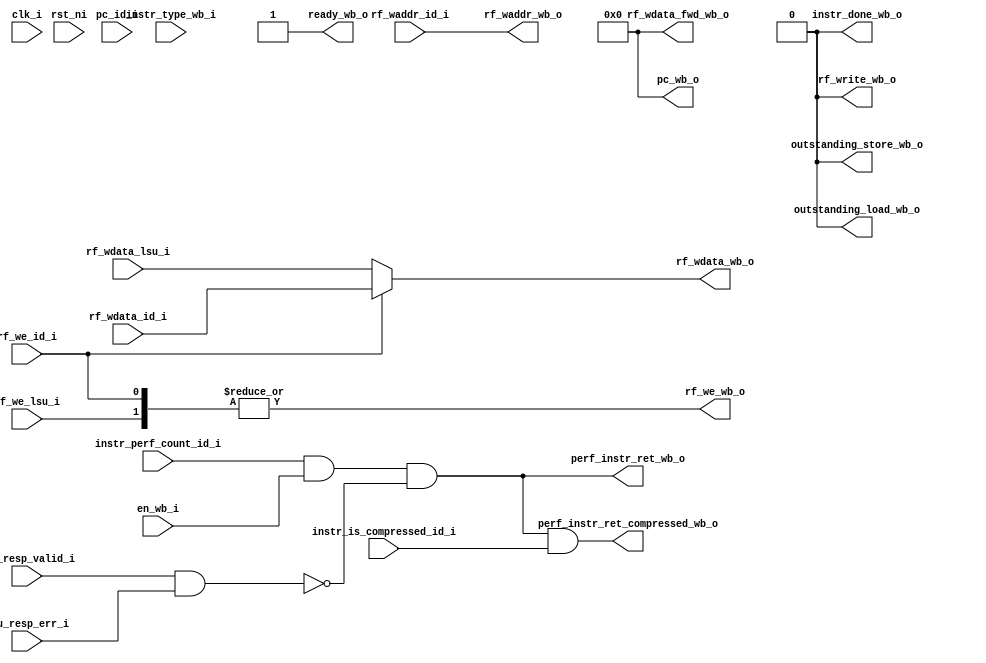
// This program was cloned from: https://github.com/NYU-MLDA/OpenABC
// License: BSD 3-Clause "New" or "Revised" License

module ibex_wb_stage (
	clk_i,
	rst_ni,
	en_wb_i,
	instr_type_wb_i,
	pc_id_i,
	instr_is_compressed_id_i,
	instr_perf_count_id_i,
	ready_wb_o,
	rf_write_wb_o,
	outstanding_load_wb_o,
	outstanding_store_wb_o,
	pc_wb_o,
	perf_instr_ret_wb_o,
	perf_instr_ret_compressed_wb_o,
	rf_waddr_id_i,
	rf_wdata_id_i,
	rf_we_id_i,
	rf_wdata_lsu_i,
	rf_we_lsu_i,
	rf_wdata_fwd_wb_o,
	rf_waddr_wb_o,
	rf_wdata_wb_o,
	rf_we_wb_o,
	lsu_resp_valid_i,
	lsu_resp_err_i,
	instr_done_wb_o
);
	parameter [0:0] WritebackStage = 1'b0;
	input wire clk_i;
	input wire rst_ni;
	input wire en_wb_i;
	input wire [1:0] instr_type_wb_i;
	input wire [31:0] pc_id_i;
	input wire instr_is_compressed_id_i;
	input wire instr_perf_count_id_i;
	output wire ready_wb_o;
	output wire rf_write_wb_o;
	output wire outstanding_load_wb_o;
	output wire outstanding_store_wb_o;
	output wire [31:0] pc_wb_o;
	output wire perf_instr_ret_wb_o;
	output wire perf_instr_ret_compressed_wb_o;
	input wire [4:0] rf_waddr_id_i;
	input wire [31:0] rf_wdata_id_i;
	input wire rf_we_id_i;
	input wire [31:0] rf_wdata_lsu_i;
	input wire rf_we_lsu_i;
	output wire [31:0] rf_wdata_fwd_wb_o;
	output wire [4:0] rf_waddr_wb_o;
	output wire [31:0] rf_wdata_wb_o;
	output wire rf_we_wb_o;
	input wire lsu_resp_valid_i;
	input wire lsu_resp_err_i;
	output wire instr_done_wb_o;
	wire [31:0] rf_wdata_wb_mux [0:1];
	wire [1:0] rf_wdata_wb_mux_we;
	localparam [1:0] ibex_pkg_WB_INSTR_LOAD = 0;
	localparam [1:0] ibex_pkg_WB_INSTR_OTHER = 2;
	localparam [1:0] ibex_pkg_WB_INSTR_STORE = 1;
	generate
		if (WritebackStage) begin : g_writeback_stage
			reg [31:0] rf_wdata_wb_q;
			reg rf_we_wb_q;
			reg [4:0] rf_waddr_wb_q;
			wire wb_done;
			reg wb_valid_q;
			reg [31:0] wb_pc_q;
			reg wb_compressed_q;
			reg wb_count_q;
			reg [1:0] wb_instr_type_q;
			wire wb_valid_d;
			assign wb_valid_d = (en_wb_i & ready_wb_o) | (wb_valid_q & ~wb_done);
			assign wb_done = (wb_instr_type_q == ibex_pkg_WB_INSTR_OTHER) | lsu_resp_valid_i;
			always @(posedge clk_i or negedge rst_ni)
				if (~rst_ni)
					wb_valid_q <= 1'b0;
				else
					wb_valid_q <= wb_valid_d;
			always @(posedge clk_i)
				if (en_wb_i) begin
					rf_we_wb_q <= rf_we_id_i;
					rf_waddr_wb_q <= rf_waddr_id_i;
					rf_wdata_wb_q <= rf_wdata_id_i;
					wb_instr_type_q <= instr_type_wb_i;
					wb_pc_q <= pc_id_i;
					wb_compressed_q <= instr_is_compressed_id_i;
					wb_count_q <= instr_perf_count_id_i;
				end
			assign rf_waddr_wb_o = rf_waddr_wb_q;
			assign rf_wdata_wb_mux[0] = rf_wdata_wb_q;
			assign rf_wdata_wb_mux_we[0] = rf_we_wb_q & wb_valid_q;
			assign ready_wb_o = ~wb_valid_q | wb_done;
			assign rf_write_wb_o = wb_valid_q & (rf_we_wb_q | (wb_instr_type_q == ibex_pkg_WB_INSTR_LOAD));
			assign outstanding_load_wb_o = wb_valid_q & (wb_instr_type_q == ibex_pkg_WB_INSTR_LOAD);
			assign outstanding_store_wb_o = wb_valid_q & (wb_instr_type_q == ibex_pkg_WB_INSTR_STORE);
			assign pc_wb_o = wb_pc_q;
			assign instr_done_wb_o = wb_valid_q & wb_done;
			assign perf_instr_ret_wb_o = (instr_done_wb_o & wb_count_q) & ~(lsu_resp_valid_i & lsu_resp_err_i);
			assign perf_instr_ret_compressed_wb_o = perf_instr_ret_wb_o & wb_compressed_q;
			assign rf_wdata_fwd_wb_o = rf_wdata_wb_q;
		end
		else begin : g_bypass_wb
			assign rf_waddr_wb_o = rf_waddr_id_i;
			assign rf_wdata_wb_mux[0] = rf_wdata_id_i;
			assign rf_wdata_wb_mux_we[0] = rf_we_id_i;
			assign perf_instr_ret_wb_o = (instr_perf_count_id_i & en_wb_i) & ~(lsu_resp_valid_i & lsu_resp_err_i);
			assign perf_instr_ret_compressed_wb_o = perf_instr_ret_wb_o & instr_is_compressed_id_i;
			assign ready_wb_o = 1'b1;
			wire unused_clk;
			wire unused_rst;
			wire [1:0] unused_instr_type_wb;
			wire [31:0] unused_pc_id;
			assign unused_clk = clk_i;
			assign unused_rst = rst_ni;
			assign unused_instr_type_wb = instr_type_wb_i;
			assign unused_pc_id = pc_id_i;
			assign outstanding_load_wb_o = 1'b0;
			assign outstanding_store_wb_o = 1'b0;
			assign pc_wb_o = {32 {1'sb0}};
			assign rf_write_wb_o = 1'b0;
			assign rf_wdata_fwd_wb_o = 32'b00000000000000000000000000000000;
			assign instr_done_wb_o = 1'b0;
		end
	endgenerate
	assign rf_wdata_wb_mux[1] = rf_wdata_lsu_i;
	assign rf_wdata_wb_mux_we[1] = rf_we_lsu_i;
	assign rf_wdata_wb_o = (rf_wdata_wb_mux_we[0] ? rf_wdata_wb_mux[0] : rf_wdata_wb_mux[1]);
	assign rf_we_wb_o = |rf_wdata_wb_mux_we;
endmodule